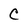
Character: C